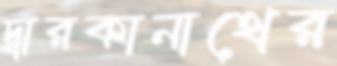
দ্বারকানাথের